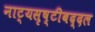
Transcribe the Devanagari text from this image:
नाट्यसृष्टीबद्दल